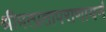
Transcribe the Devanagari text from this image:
श्रीमत्प्रतापराणायनं